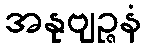
အနုဗျဉ္ဇနံ